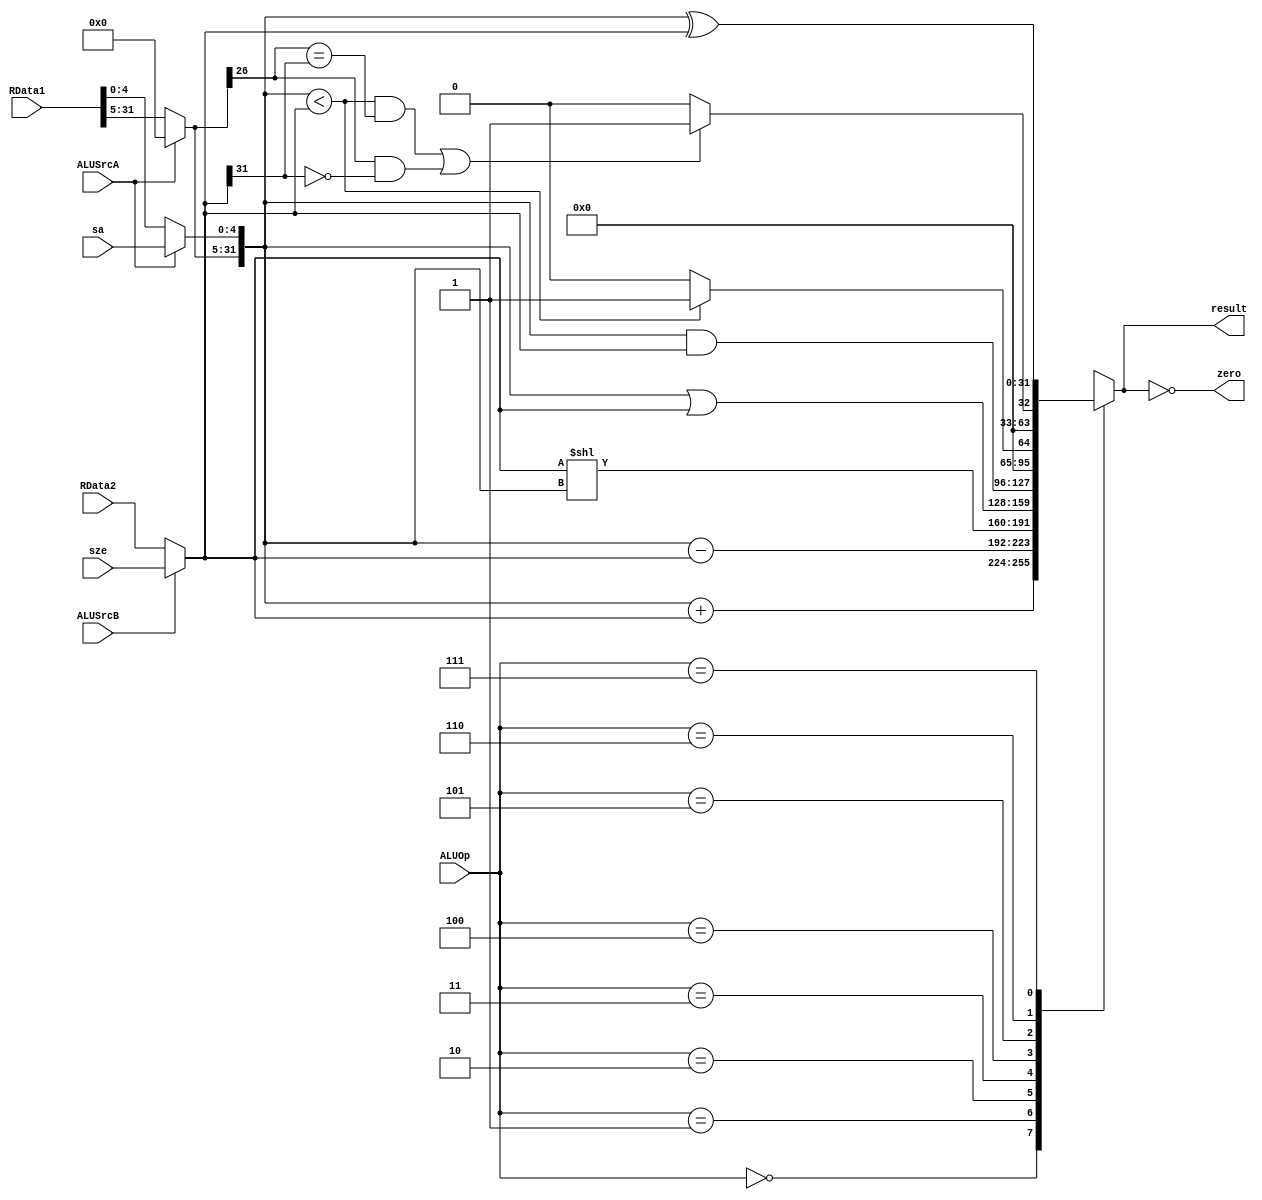
`timescale 1ns / 1ps
//////////////////////////////////////////////////////////////////////////////////
// Company: 
// Engineer: 
// 
// Design Name: 
// Module Name: ALU
// Project Name: 
// Target Devices: 
// Tool Versions: 
// Description: 
// 
// Dependencies: 
// 
// Revision:
// Revision 0.01 - File Created
// Additional Comments:
// 
//////////////////////////////////////////////////////////////////////////////////


module ALU(
    input ALUSrcA,            // A
    input ALUSrcB,            // B
    input [31:0] RData1,      // RF A
    input [31:0] RData2,      // RF B
    input [4:0] sa,           // A
    input [31:0] sze,         // /B
    input [2:0] ALUOp,        // 
    output zero,              // 0
    output reg [31:0] result  // 
    );

    wire [31:0] A;  // A
    wire [31:0] B;  // B

    // 
    assign A[4:0] = (ALUSrcA) ? sa : RData1[4:0];
    assign A[31:5] = (ALUSrcA) ? 0 : RData1[31:5];
    assign B = (ALUSrcB) ? sze : RData2;

    // 
    assign zero = (result == 0);

    // 
    always @(*) begin
      case(ALUOp)
        3'b000: result = A + B;
        3'b001: result = A - B;
        3'b010: result = B << A;
        3'b011: result = A | B;
        3'b100: result = A & B;
        3'b101: result = (A < B) ? 1 : 0;
        3'b110: result = ((A < B && A[31] == B[31]) || (A[31] == 1 && B[31] == 0)) ? 1 : 0;
        3'b111: result = A ^ B;
        default: result = 0;
      endcase
    end
endmodule